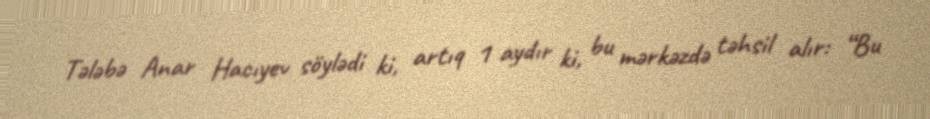
Tələbə Anar Hacıyev söylədi ki, artıq 1 aydır ki, bu mərkəzdə təhsil alır: “Bu